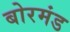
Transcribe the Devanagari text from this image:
बोरमंड